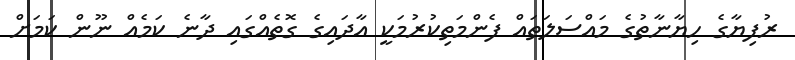
ރުފިޔާގެ ހިޔާނާތުގެ މައްސަލަތައް ފެންމަތިކުރުމަކީ އާދައިގެ ގޮތެއްގައި ދާނެ ކަމެއް ނޫން ކަމަށް